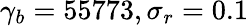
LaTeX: \gamma_{b}=55773,\sigma_{r}=0.1